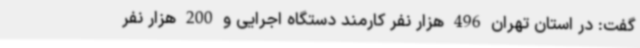
گفت: در استان تهران 496 هزار نفر کارمند دستگاه اجرایی و 200 هزار نفر